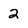
Character: 2